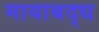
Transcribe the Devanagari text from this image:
मायाबद्ध